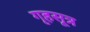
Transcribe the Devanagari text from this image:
गृहसूत्र